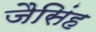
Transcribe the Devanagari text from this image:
जैसिंह